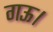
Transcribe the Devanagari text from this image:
गऊ।